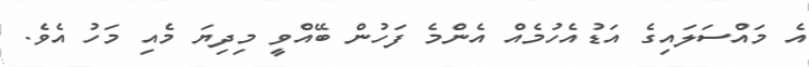
އެ މައްސަލައިގެ އަޑުއެހުމެއް އެންމެ ފަހުން ބޭއްވީ މިދިޔަ މެއި މަހު އެވެ.